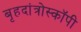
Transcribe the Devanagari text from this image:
बृहदांत्रोस्कॉपी